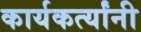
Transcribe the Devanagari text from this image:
कार्यकर्त्‍यांनी